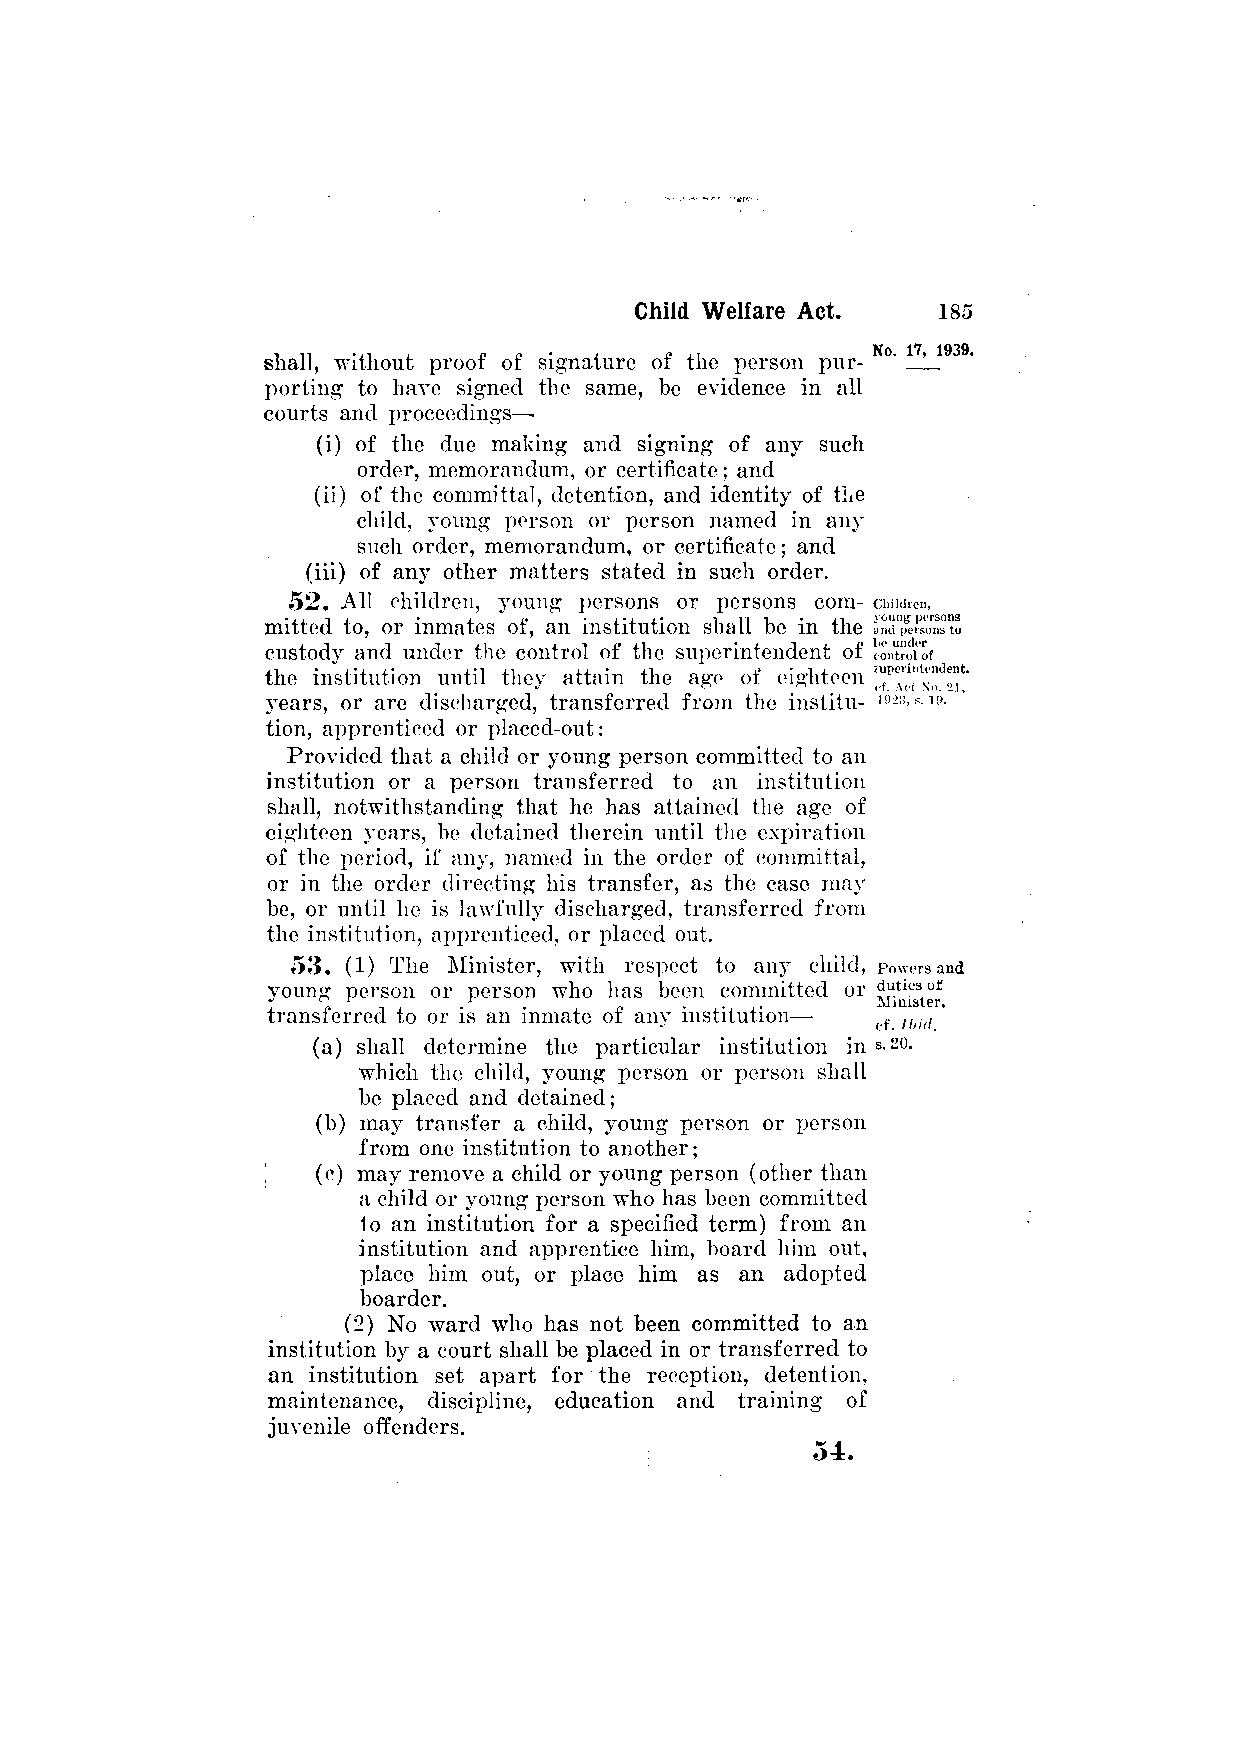
shall, without proof of signature of the person pur­
 porting to have signed the same, be evidence in all
 courts and proceedings—
 (i) of the due making and signing of any such
 order, memorandum, or certificate; and
 (ii) of the committal, detention, and identity of the
 child, young person or person named in any
 such order, memorandum, or certificate; and
 (iii) of any other matters stated in such order.
 52. All children, young persons or persons com­
 mitted to, or inmates of, an institution shall be in the
 custody and under the control of the superintendent of
 the institution until they attain the age of eighteen
 years, or are discharged, transferred from the institu­
 tion, apprenticed or placed-out:
 Provided that a child or young person committed to an
 institution or a person transferred to an institution
 shall, notwithstanding that he has attained the age of
 eighteen years, be detained therein until the expiration
 of the period, if any, named in the order of committal,
 or in the order directing his transfer, as the case may
 be, or until he is lawfully discharged, transferred from
 the institution, apprenticed, or placed out.
 53. (1) The Minister, with respect to any child,
 young person or person who has been committed or
 transferred to or is an inmate of any institution—
 (a) shall determine the particular institution in
 which the child, young person or person shall
 be placed and detained;
 (b) may transfer a child, young person or person
 from one institution to another;
 (c) may remove a child or young person (other than
 a child or young person who has been committed
 1o an institution for a specified term) from an
 institution and apprentice him, board him out,
 place him out, or place him as an adopted
 boarder.
 (2) No ward who has not been committed to an
 institution by a court shall be placed in or transferred to
 an institution set apart for the reception, detention,
 maintenance, discipline, education and training of
 juvenile offenders.
 54.